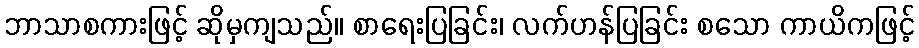
ဘာသာစကားဖြင့် ဆိုမှကျသည်။ စာရေးပြခြင်း၊ လက်ဟန်ပြခြင်း စသော ကာယိကဖြင့်